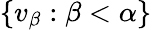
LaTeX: \lbrace v_{\beta}:\beta<\alpha\rbrace